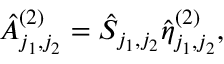
\hat { A } _ { j _ { 1 } , j _ { 2 } } ^ { ( 2 ) } = \hat { S } _ { j _ { 1 } , j _ { 2 } } \hat { \eta } _ { j _ { 1 } , j _ { 2 } } ^ { ( 2 ) } ,